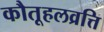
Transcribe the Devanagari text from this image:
कौतूहलव्रत्ति